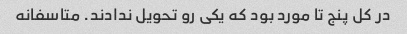
در کل پنج تا مورد بود که یکی رو تحویل ندادند. متاسفانه